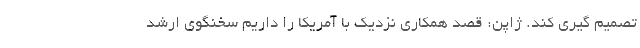
تصمیم گیری کند. ژاپن: قصد همکاری نزدیک با آمریکا را داریم سخنگوی ارشد